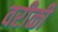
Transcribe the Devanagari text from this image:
वरीळी